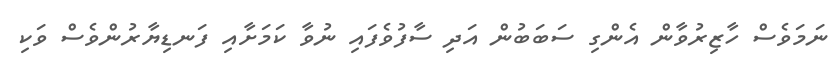
ނަމަވެސް ހާޒިރުވާން އެންގި ސަބަބުން އަދި ސާފުވެފައި ނުވާ ކަމަށާއި ފަނޑިޔާރުންވެސް ވަކި